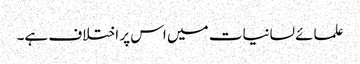
علمائے لسانیات میں اس پر اختلاف ہے۔